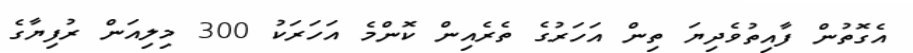
އެގޮތުން ފާއިތުވެދިޔަ ތިން އަހަރުގެ ތެރެއިން ކޮންމެ އަހަރަކު 300 މިލިއަން ރުފިޔާގެ